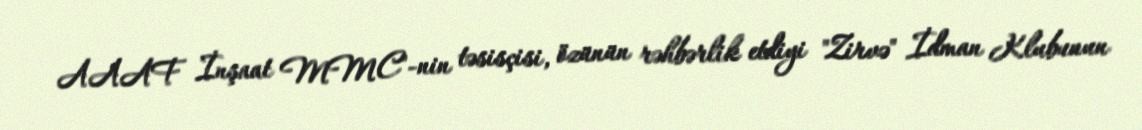
AAAF İnşaat MMC"-nin təsisçisi, özünün rəhbərlik etdiyi "Zirvə" İdman Klubunun